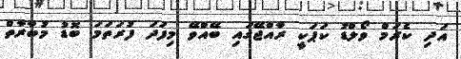
އަދި ކެރަމް ވޯލްޑު ކަޕަކީ ރާއްޖޭގައި ބޭއްވޭ މިފަދަ ފުރަތަމަ ބޮޑު މުބާރާތް